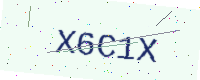
Text: X6C1X